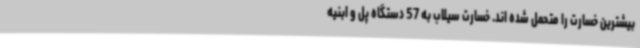
بیشترین خسارت را متحمل شده اند. خسارت سیلاب به 57 دستگاه پل‌ و ابنیه